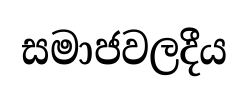
සමාජවලදීය